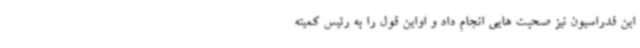
این فدراسیون نیز صحبت هایی انجام داد و اواین قول را به رئیس کمیته